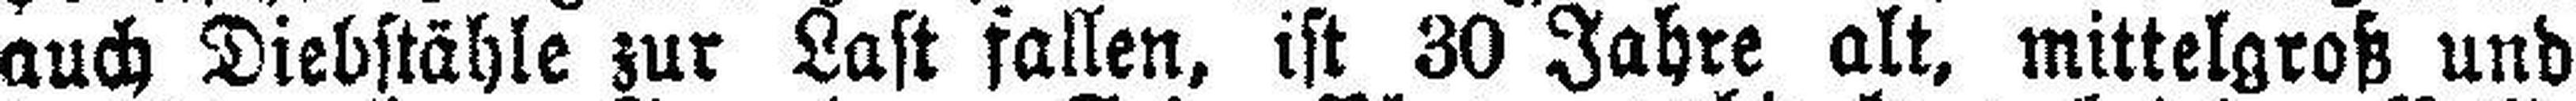
auch Diebstähle zur Last fallen, ist 30 Jahre alt, mittelgroß und